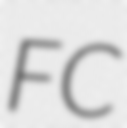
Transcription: FC